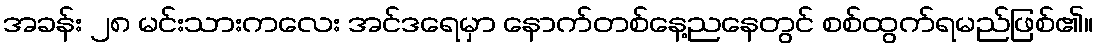
အခန်း ၂၈ မင်းသားကလေး အင်ဒရေမှာ နောက်တစ်နေ့ညနေတွင် စစ်ထွက်ရမည်ဖြစ်၏။